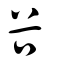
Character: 谷